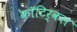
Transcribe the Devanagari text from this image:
कॉटिर्कल